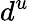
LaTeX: d^{u}